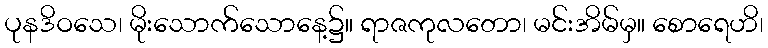
ပုနဒိဝသေ၊ မိုးသောက်သောနေ့၌။ ရာဇကုလတော၊ မင်းအိမ်မှ။ စောရေဟိ၊